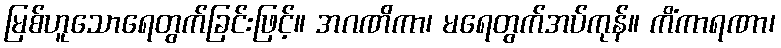
မြစ်ဟူသောရေတွက်ခြင်းဖြင့်။ အဂဏိကာ၊ မရေတွက်အပ်ကုန်။ ကိံကာရဏာ၊